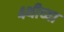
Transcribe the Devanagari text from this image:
४थीच्या